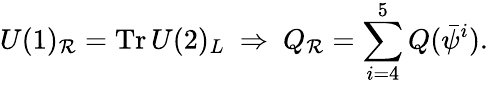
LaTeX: U(1)_{\mathcal{R}}=\mathrm{{Tr}}\, U(2)_{L}~\Rightarrow~Q_{\mathcal{R}}=\sum_{i=4}^{5}Q({\bar{{\psi}}}^{i}).